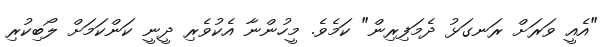
"އެއީ ވަރަށް ރަނގަޅު ދެމަފިރިން" ކަމެވެ. މީހުންނާ އެކުވެރި ދީނީ ކަންކަމަށް ލޯބިކުރި